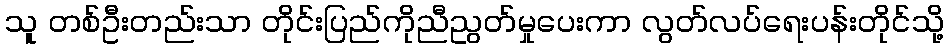
သူ တစ်ဦးတည်းသာ တိုင်းပြည်ကိုညီညွတ်မှုပေးကာ လွတ်လပ်ရေးပန်းတိုင်သို့